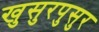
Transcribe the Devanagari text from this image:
खुसुरपुसुर